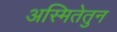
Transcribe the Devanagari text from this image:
अस्मितेतुन